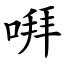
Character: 㗑